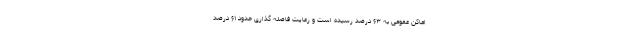
اماکن عمومی به ۶۳ درصد رسیده است و رعایت فاصله گذاری حدود ۶۱ درصد